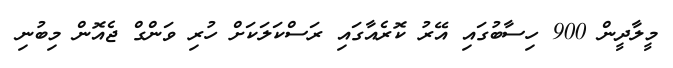
މީލާދީން 900 ހިސާބުގައި އޭރު ކޮރެއާގައި ރަސްކަލަކަށް ހުރި ވަންގް ޖެއޮން މިބުނި